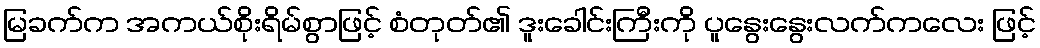
မြခက်က အကယ်စိုးရိမ်စွာဖြင့် စံတုတ်၏ ဒူးခေါင်းကြီးကို ပူနွေးနွေးလက်ကလေး ဖြင့်